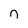
Character: n